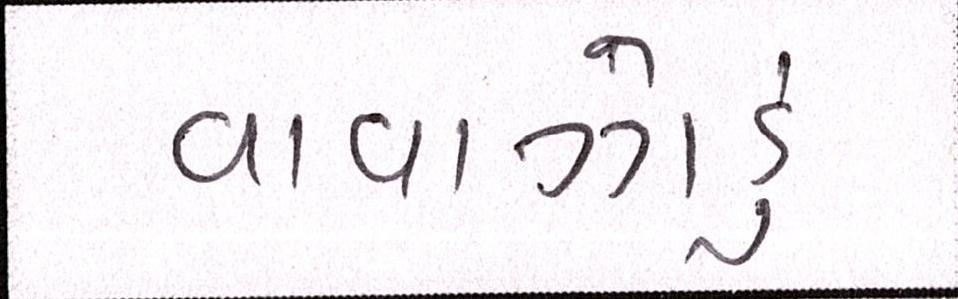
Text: વાવાઝોડું